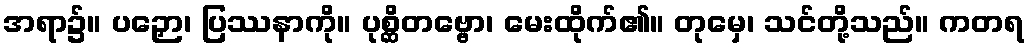
အရာ၌။ ပဉှော၊ ပြဿနာကို။ ပုစ္ဆိတဗ္ဗော၊ မေးထိုက်၏။ တုမှေ၊ သင်တို့သည်။ ကတရ